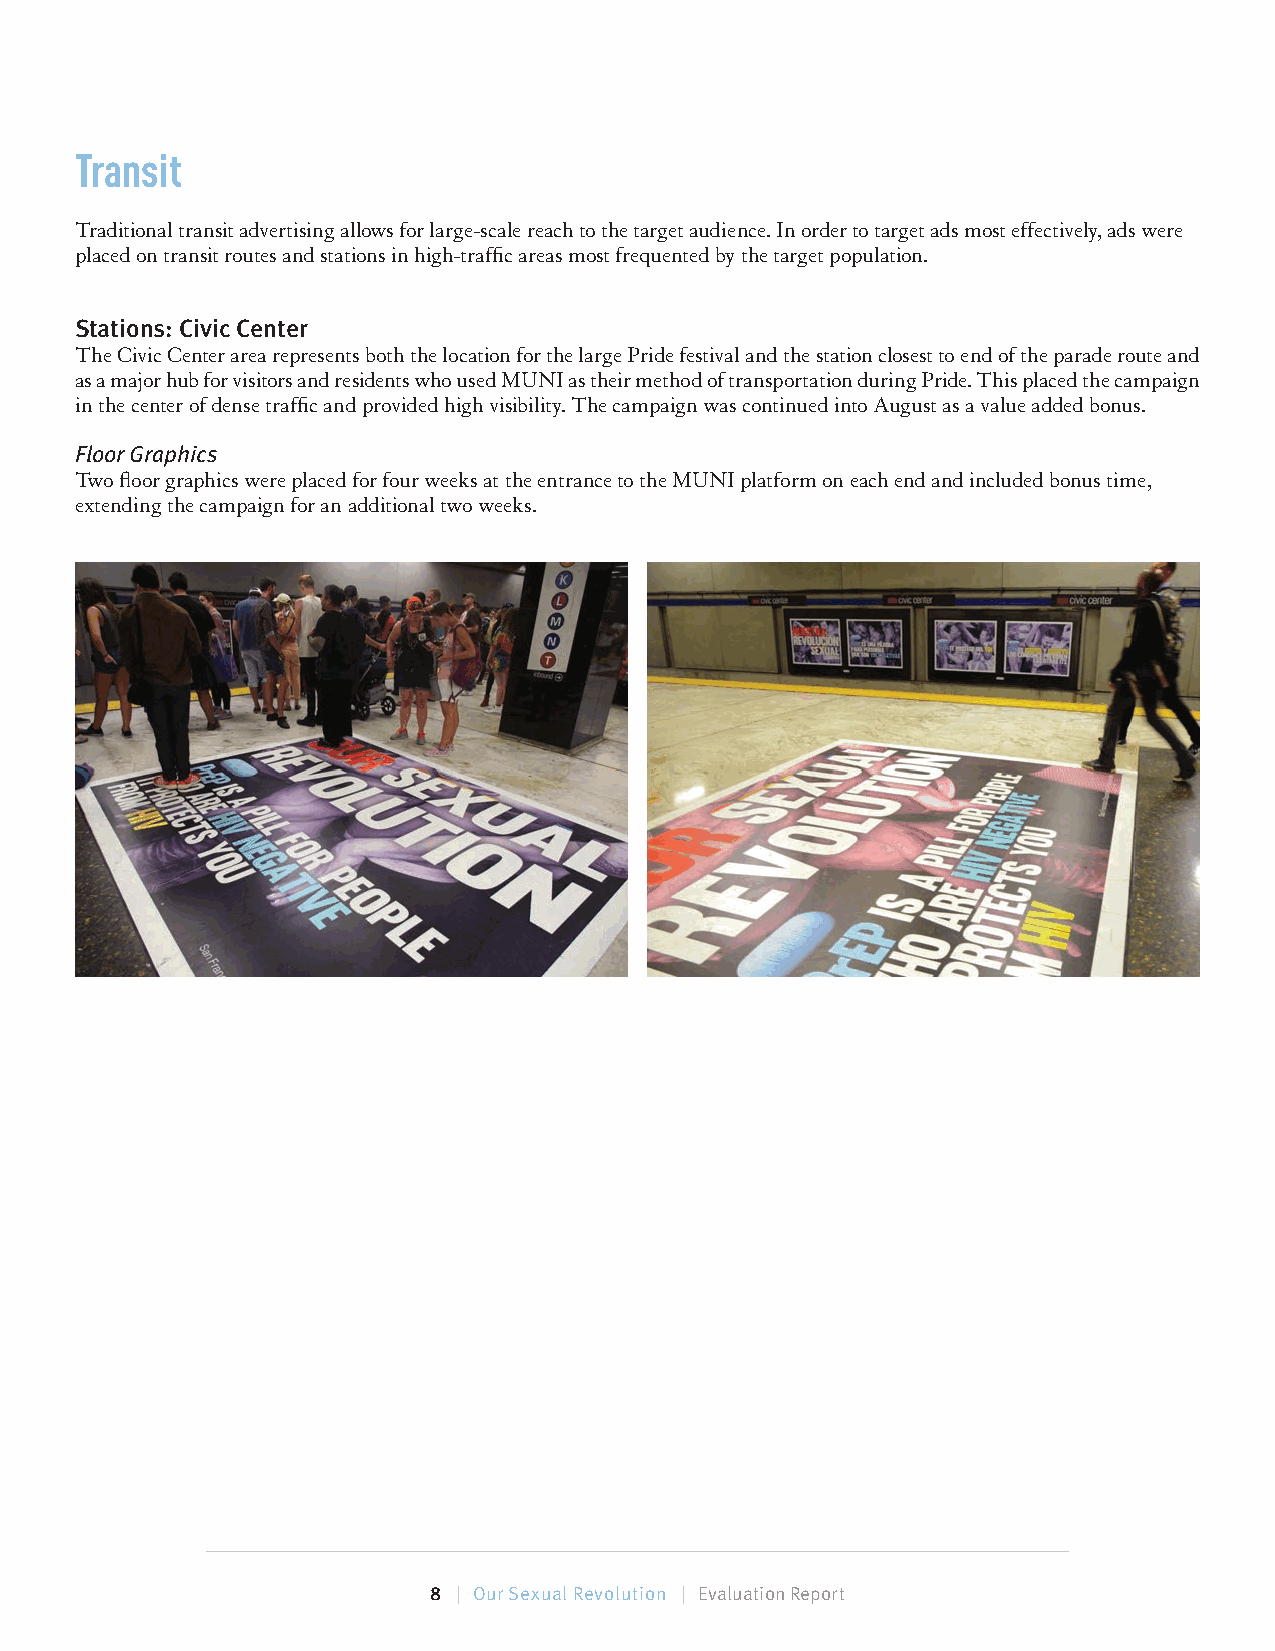
Transit
 Traditional transit advertising allows for large-scale reach to the target audience. In order to target ads most effectively, ads were
 placed on transit routes and stations in high-traffi c areas most frequented by the target population.
 Stations: Civic Center
 The Civic Center area represents both the location for the large Pride festival and the station closest to end of the parade route and
 as a major hub for visitors and residents who used MUNI as their method of transportation during Pride. This placed the campaign
 in the center of dense traffi c and provided high visibility. The campaign was continued into August as a value added bonus.
 Floor Graphics
 Two fl oor graphics were placed for four weeks at the entrance to the MUNI platform on each end and included bonus time,
 extending the campaign for an additional two weeks.
 8 | Our Sexual Revolution | Evaluation Report